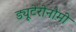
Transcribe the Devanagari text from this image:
ड्यूटेरोनौमी